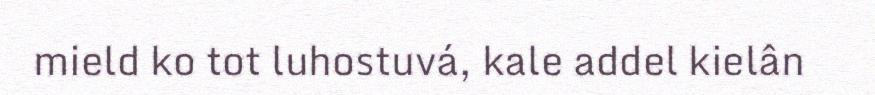
mield ko tot luhostuvá, kale addel kielân